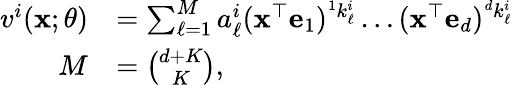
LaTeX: \begin{array}{rl}{v^{i}(\mathbf{x};\theta)}&{=\sum_{\ell=1}^{M}a_{\ell}^{i}(\mathbf{x}^{\top}\mathbf{e}_{1})^{^{1}k_{\ell}^{i}}\dots(\mathbf{x}^{\top}\mathbf{e}_{d})^{^{d}k_{\ell}^{i}}}\\ {\quad M}&{=\binom{d+K}{K},}\end{array}